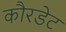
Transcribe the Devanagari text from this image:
कौरडेट